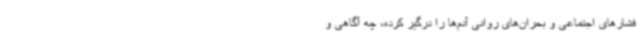
فشارهای اجتماعی و بحران‌های روانی آدم‌ها را درگیر کرده، چه آگاهی و